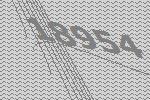
18954